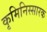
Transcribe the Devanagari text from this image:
कृमिनिस्सारक